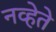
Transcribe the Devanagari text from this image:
नव्हेते